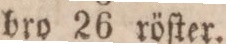
bro 26 röſter.